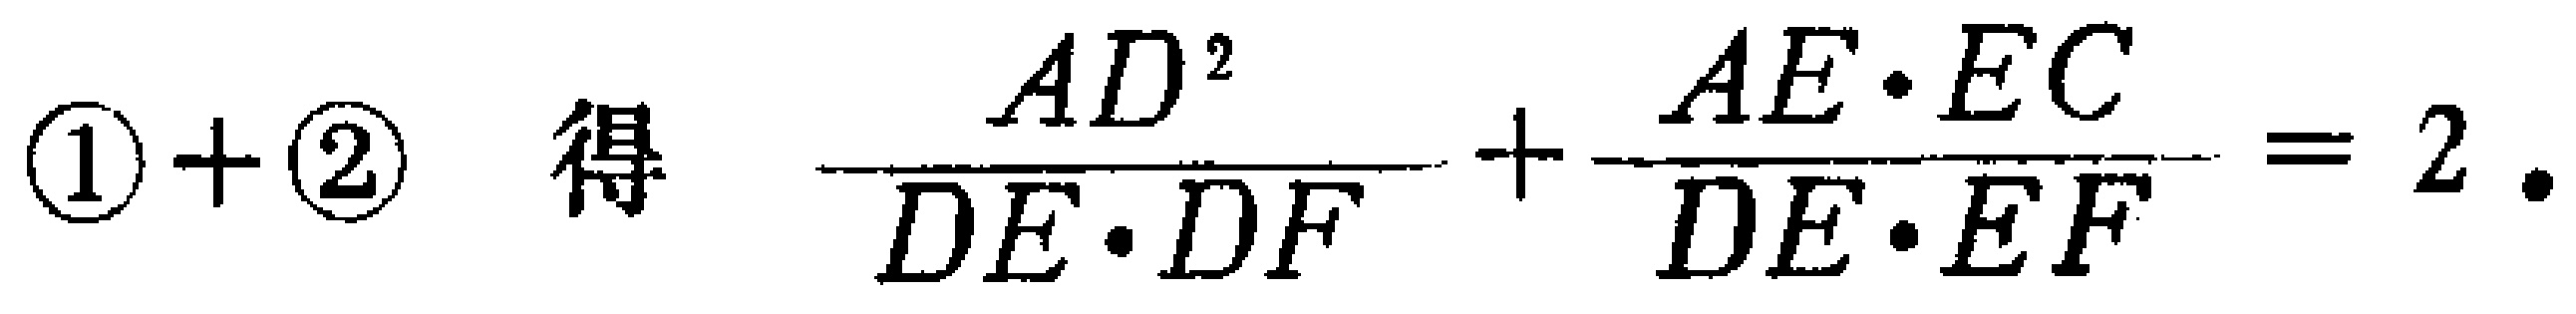
$\textcircled{1}+\textcircled{2}\ \ 得\ \ \frac{AD^{2}}{DE\cdot DF}+\frac{AE\cdot EC}{DE\cdot EF}=2.$